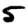
Digit: 5